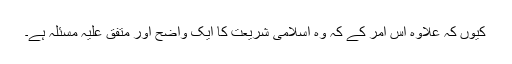
کیوں کہ علاوہ اس امر کے کہ وہ اسلامی شریعت کا ایک واضح اور متفق علیہ مسئلہ ہے۔